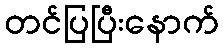
တင်ပြပြီးနောက်